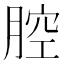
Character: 腔